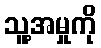
သူ့အမှုကို